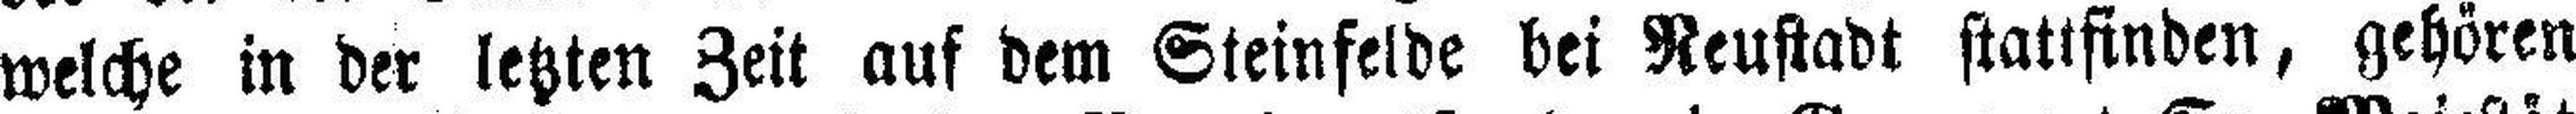
welche in der letzten Zeit auf dem Steinfelde bei Neustadt stattfinden, gehören